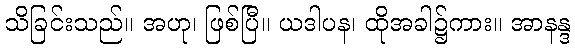
သိခြင်းသည်။ အဟု၊ ဖြစ်ပြီ။ ယဒါပန၊ ထိုအခါ၌ကား။ အာနန္ဒ